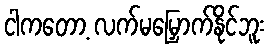
ငါကတော့ လက်မမြှောက်နိုင်ဘူး